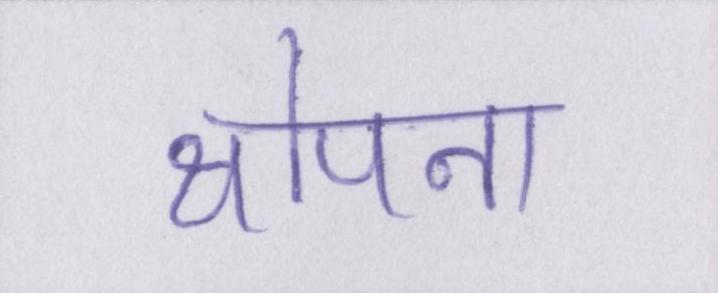
थोपना